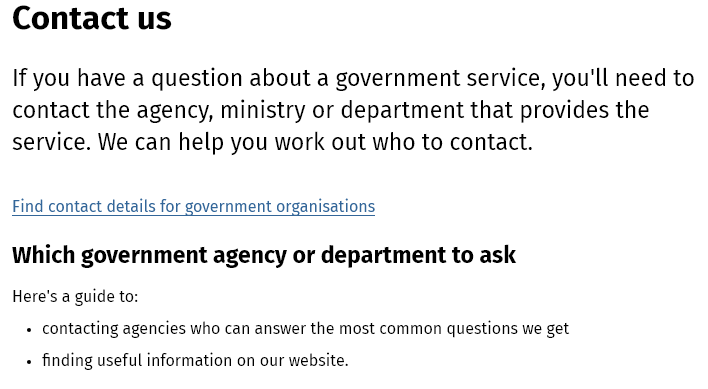
Contact    us
  If you have  a question  about   a government  service,   you'll need  to
  contact  the agency,  ministry  or department    that provides  the
  service. We  can  help you  work out  who to   contact.
    \d contact details for government organisations
  Which  government   agency    or department  to   ask
  Here's a guide to:
   + contacting agencies who can answer the most common questions we get
   « finding useful information on our website.